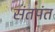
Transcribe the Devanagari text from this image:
संतपंत